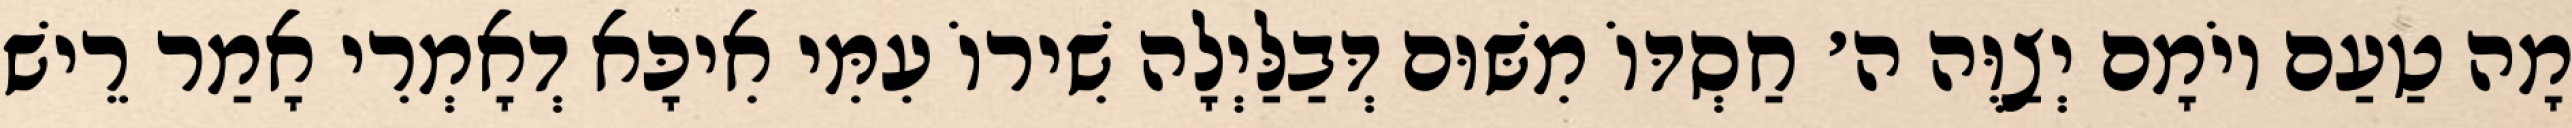
מָה טַעַם יוֹמָם יְצַוֶּה ה׳ חַסְדּוֹ מִשּׁוּם דְּבַלַּיְלָה שִׁירוֹ עִמִּי אִיכָּא דְאָמְרִי אָמַר רֵישׁ